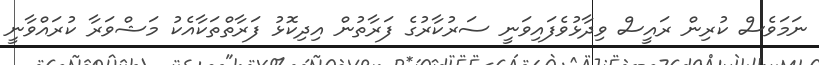
ނަމަވެސް ކުރިން ރައީސް ވިދާޅުވެފައިވަނީ ސަރުކާރުގެ ފަރާތުން އިދިކޮޅު ފަރާތްތަކާއެކު މަޝްވަރާ ކުރައްވާނީ